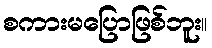
စကားမပြောဖြစ်ဘူး။